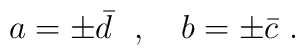
a = \pm \bar{d} \ \ , \ \ \ b = \pm \bar{c} \ .